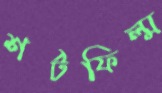
শর্টফিল্ম